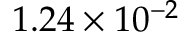
1 . 2 4 \times 1 0 ^ { - 2 }